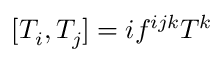
[ T _ { i } , T _ { j } ] = i f ^ { i j k } T ^ { k }